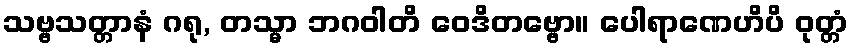
သဗ္ဗသတ္တာနံ ဂရု, တသ္မာ ဘဂဝါတိ ဝေဒိတဗ္ဗော။ ပေါရာဏေဟိပိ ဝုတ္တံ